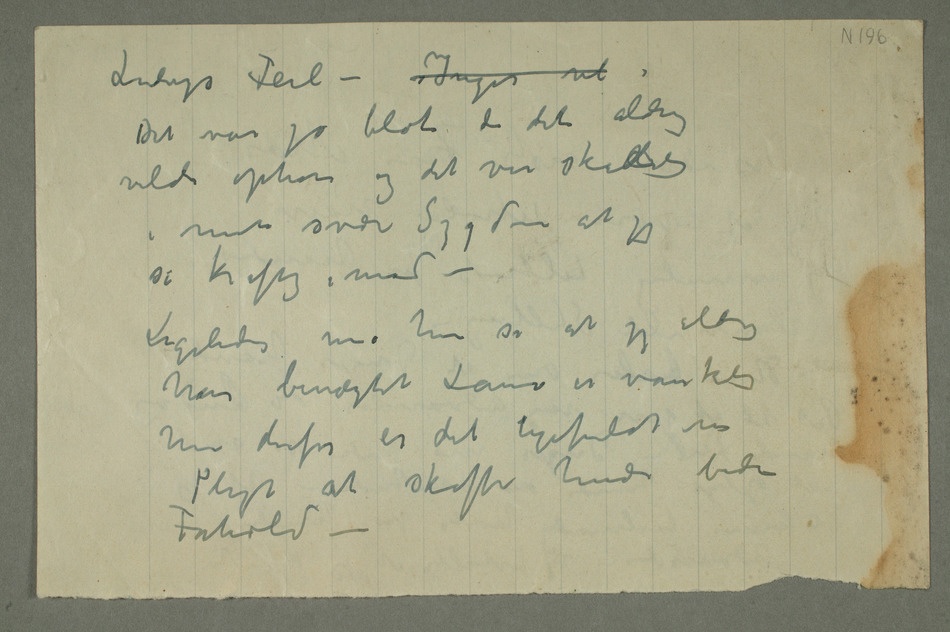
Ludvigs Feil – Inger vil Det var jo
blot da det aldrig
vilde ophøre og det var skadelig
i min svære Sygdom at jeg
sa kraftig imod –
Ligeledes må hun si at jeg aldrig
har benægtet Laura er vanskelig
men derfor er det ligefuldt vor
Pligt at skaffe hende bedre
Forhold –